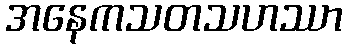
အနေကသတသဟဿာ